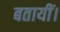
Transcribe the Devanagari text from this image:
बतायीं।